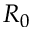
R _ { 0 }